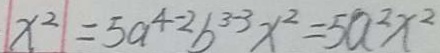
\vert x ^ { 2 } \vert = 5 a ^ { 4 - 2 } b ^ { 3 - 3 } x ^ { 2 } = 5 a ^ { 2 } x ^ { 2 }